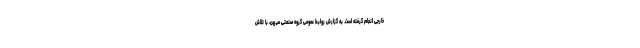
خارجی انجام گرفته است. به گزارش روابط عمومی گروه صنعتی میهن، با تلاش